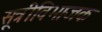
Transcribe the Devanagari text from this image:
सूत्रीविभाजक